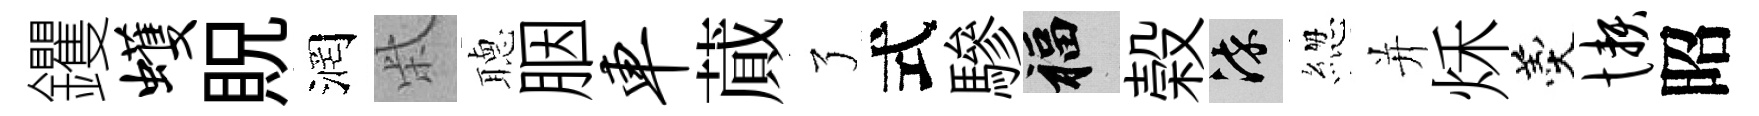
钁蠖貺润柴𦗟胭车蕆了式驂福榖染緫并秌羹懒昭